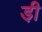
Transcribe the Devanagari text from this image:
डी़